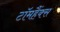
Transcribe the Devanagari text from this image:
टॉमहैंक्स